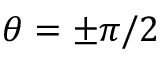
\theta = \pm \pi / 2